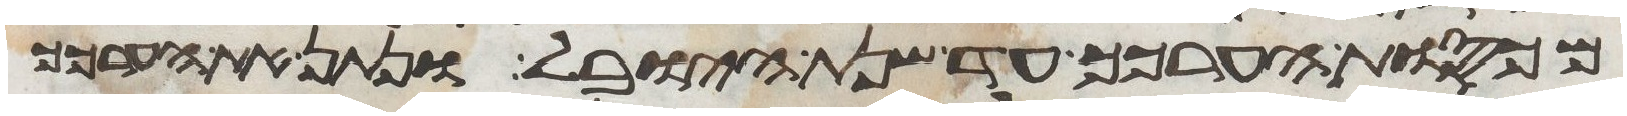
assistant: מכסות הערכך עד שנת היובל ונתן את הערכך